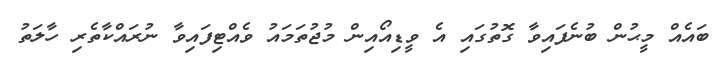
ބައެއް މީޙުން ބުނެފައިވާ ގޮތުގައި އެ ވީޑިއޯއިން މުޖުތަމައު ވެއްޓިފައިވާ ނުރައްކާތެރި ހާލަތު